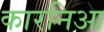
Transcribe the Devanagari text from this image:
कारनिआ